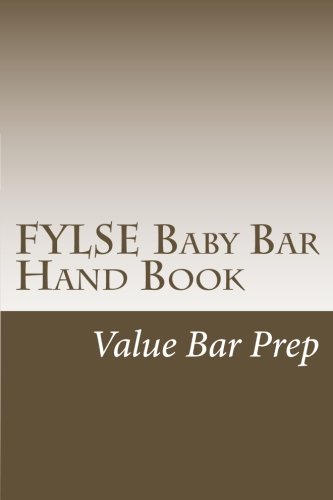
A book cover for FYLSE Baby Bar Hand Book: Pass The Baby Bar With 75% And Above; Value Bar Prep; Test Preparation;